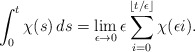
\begin{align*}\int_{0}^{t}\chi(s)\, ds=\lim_{\epsilon\to0}\epsilon\sum_{i=0}^{\left\lfloor t/\epsilon\right\rfloor }\chi(\epsilon i).\end{align*}